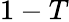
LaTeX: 1-T